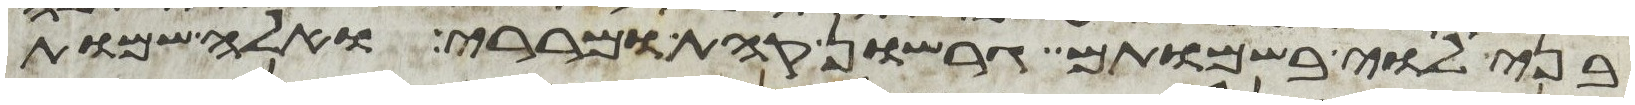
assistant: בני לוי בשמותם גרשון קהת ומררי ואלה שמות